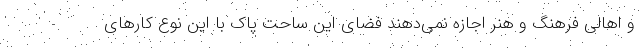
و اهالی فرهنگ و هنر اجازه نمی‌دهند فضای این ساحت پاک با این نوع کارهای